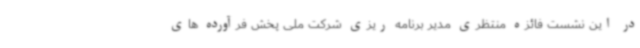
در این نشست فائزه منتظری مدیر برنامه ریزی شرکت ملی پخش فرآورده های